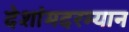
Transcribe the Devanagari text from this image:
देशांमदरम्यान